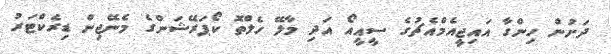
ދަށުން ހިންގާ އައިޖީއެމްއެޗުގެ ސީއީއޯ އަދި މާލޭ ހެލްތޮ ކޯޕަރޭޝަންގެ މެނޭޖިން ޑިރެކްޓަރު